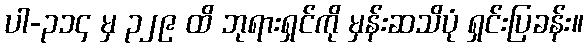
ပါ-၃၁၄ မှ ၃၂၉ ထိ ဘုရားရှင်ကို မှန်းဆသိပုံ ရှင်းပြခန်း။